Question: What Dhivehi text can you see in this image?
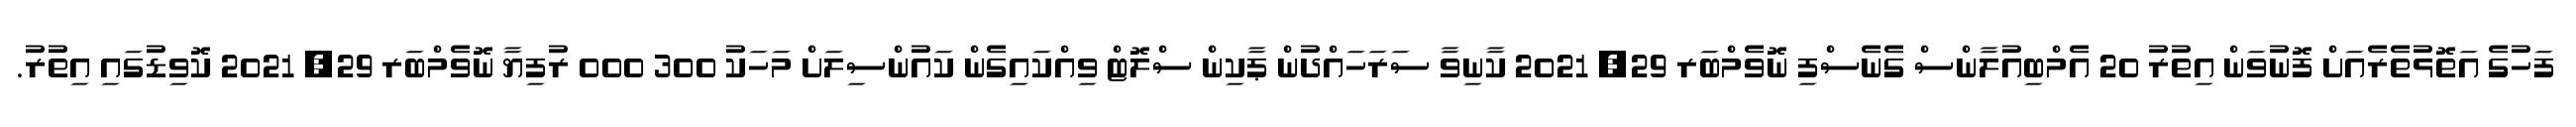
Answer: ފަހުގެ އަތޮޅުތެރެއަށް ފޮނުވަން އިތުރު 20 އެމްބިއުލާންސް ގެނެސްފި ނޮވެމްބަރ 29, 2021 ކާނިވާ ސަރަހައްދުން ޕާކިން ސްލޮޓް ވިއްކައިގެން ކައުންސިލަށް މަހަކު 300 000 ރުފިޔާ ނޮވެމްބަރ 29, 2021 ކޮވިޑުގައި އިތުރު.